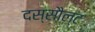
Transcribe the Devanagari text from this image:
दस्सौल्ट